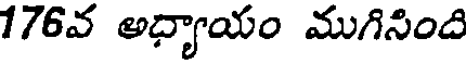
176వ అధ్యాయం ముగిసింది